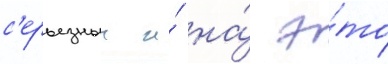
с'ерьезныи и́ на́ э́то